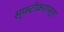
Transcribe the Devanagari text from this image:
स्फटीकशास्त्र